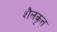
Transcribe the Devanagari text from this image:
शैलकृत्त